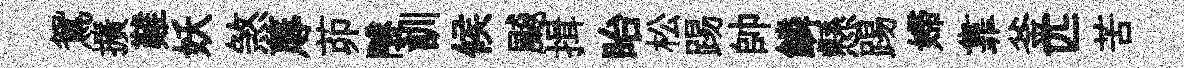
鴛擴難妖煞蓐茆隧訓候飇揖眙松踢帥鱗懸踢婦靠釜匹苦